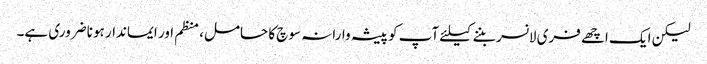
لیکن ایک اچھے فری لانسر بننے کیلئے آپ کو پیشہ وارانہ سوچ کا حامل، منظم اور ایماندار ہونا ضروری ہے۔